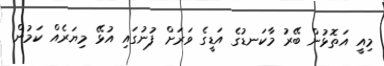
މިއީ އަތޮޅުން ބޭރު މާކަނޑުގެ އަޑީގެ ވަރަށް ފުނުގައި އުޅޭ މިޔަރެއް ކަމުން